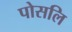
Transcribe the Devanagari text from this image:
पोसलि